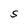
Character: S